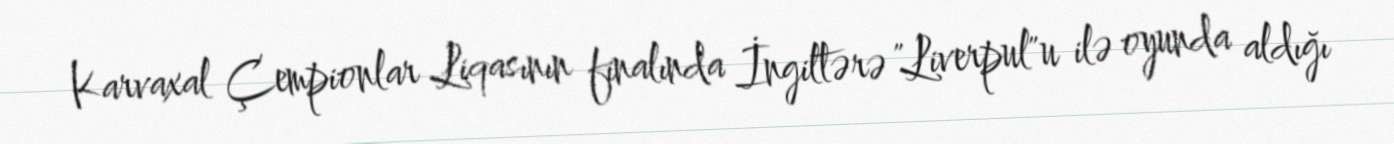
Karvaxal Çempionlar Liqasının finalında İngiltərə "Liverpul"u ilə oyunda aldığı